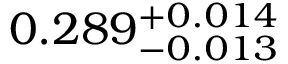
0 . 2 8 9 _ { - 0 . 0 1 3 } ^ { + 0 . 0 1 4 }